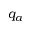
q _ { a }